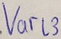
Text: Varl3